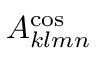
A _ { k l m n } ^ { \mathrm { c o s } }